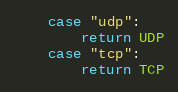
Language: Go
	case "udp":
		return UDP
	case "tcp":
		return TCP